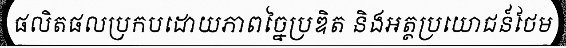
ផលិតផលប្រកបដោយភាពច្នៃប្រឌិត និងអត្ថប្រយោជន៍ថែម